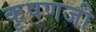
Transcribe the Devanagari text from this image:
कृषणजी